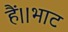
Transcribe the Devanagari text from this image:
हैं।।भाट